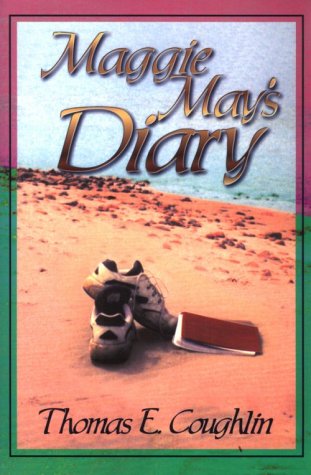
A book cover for Maggie May's Diary; Thomas E. Coughlin; Literature & Fiction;